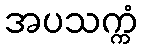
အပသက္ကံ